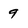
Character: 9